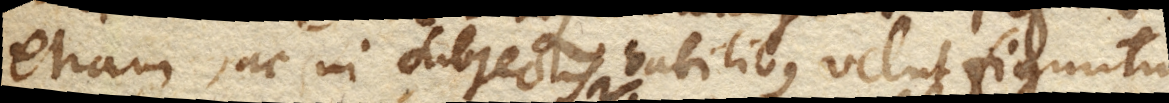
etiam, ac in subjectis habilibus velut figuntur.